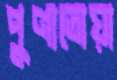
পুণ্যতোয়া